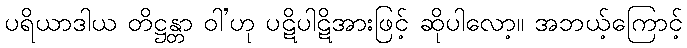
ပရိယာဒါယ တိဋ္ဌန္တာ ဝါ’ဟု ပဋိပါဋိအားဖြင့် ဆိုပါလော့။ အဘယ့်ကြောင့်